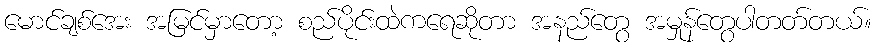
မောင်ချစ်အေး အမြင်မှာတော့ စည်ပိုင်းထဲကရေဆိုတာ အနည်တွေ အမှုန်တွေပါတတ်တယ်။